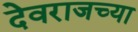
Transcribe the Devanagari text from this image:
देवराजच्या